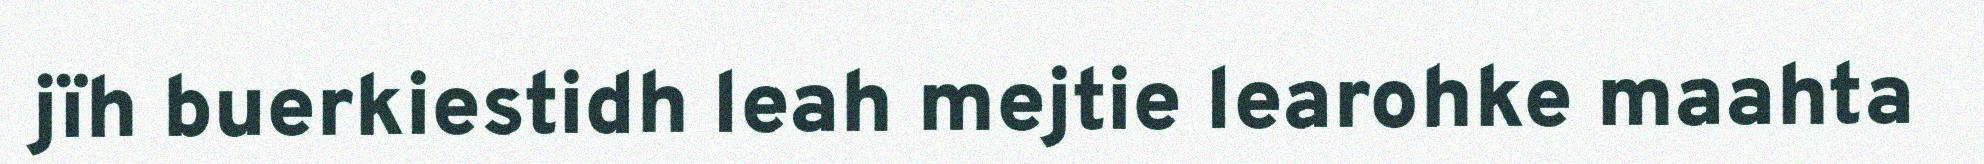
jïh buerkiestidh leah mejtie learohke maahta